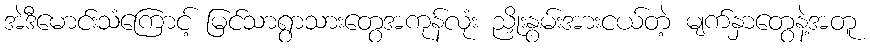
အဲဒီမောင်းသံကြောင့် မြင်သာရွာသားတွေအကုန်လုံး ညှိုးနွမ်းအားငယ်တဲ့ မျက်နှာတွေနဲ့အတူ